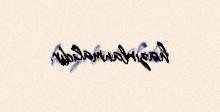
hazırlanmalıdır.